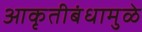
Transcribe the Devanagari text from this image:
आकृतीबंधामुळे